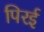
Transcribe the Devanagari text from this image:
पिरई